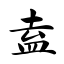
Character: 盍